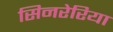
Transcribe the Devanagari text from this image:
सिनरेरिया